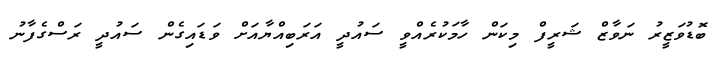
ބޮޑުވަޒީރު ނަވާޒް ޝަރީފް މިކަން ހާމަކުރެއްވީ ސައުދީ އަރަބިއްޔާއަށް ވަޑައިގެން ސައުދީ ރަސްގެފާނު